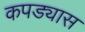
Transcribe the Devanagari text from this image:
कपड्यास